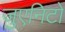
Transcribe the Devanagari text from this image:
जुएनिटो